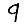
Digit: 9